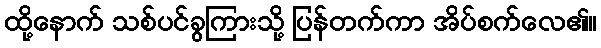
ထို့နောက် သစ်ပင်ခွကြားသို့ ပြန်တက်ကာ အိပ်စက်လေ၏။